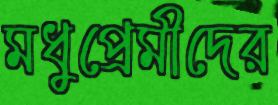
মধুপ্রেমীদের